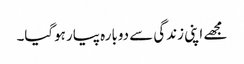
مجھے اپنی زندگی سے دوبارہ پیار ہوگیا۔